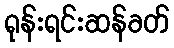
ရုန်းရင်းဆန်ခတ်